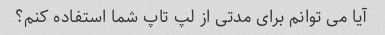
آیا می توانم برای مدتی از لپ تاپ شما استفاده کنم؟